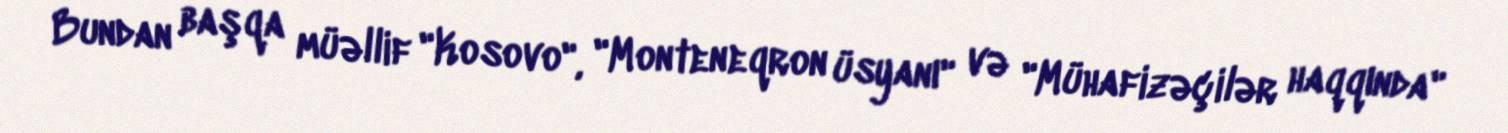
Bundan başqa müəllif "Kosovo", "Monteneqron üsyanı" və "Mühafizəçilər haqqında"